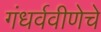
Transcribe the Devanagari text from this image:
गंधर्ववीणेचे